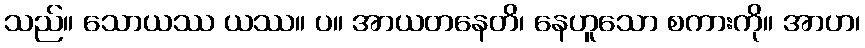
သည်။ သောယဿ ယဿ။ ပ။ အာယတနေတိ၊ နေဟူသော စကားကို။ အာဟ၊